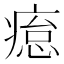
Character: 𤸊